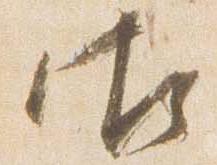
御